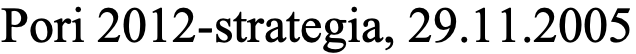
Pori 2012-strategia, 29.11.2005